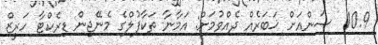
10.9  ސަންއަށް ޚަބަރެއް ދެއްވުމަށް: އަމާނާ ތަކާފުލްގެ މެނޭޖިން ޑިރެކްޓާ ހަރީޒް